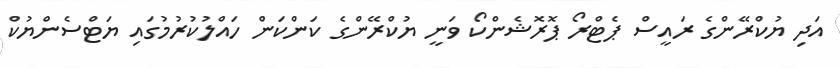
އަދި ޔުކްރޭންގެ ރައީސް ޕެޓްރޯ ޕޮރޮޝެންކޯ ވަނީ ޔުކްރޭންގެ ކަންކަން ހައްލުކުރުމުގައި ޔަޓްސެންޔުކް